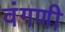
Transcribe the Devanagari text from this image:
वंगणी